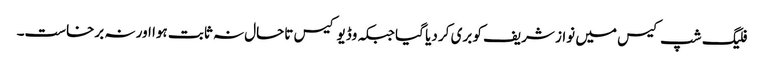
فلیگ شپ کیس میں نواز شریف کو بری کر دیا گیا جبکہ وڈیو کیس تاحال نہ ثابت ہوا اور نہ برخاست۔